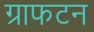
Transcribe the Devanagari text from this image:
ग्राफटन